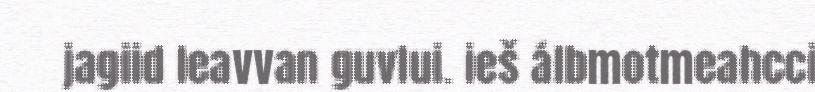
jagiid leavvan guvlui. ieš álbmotmeahcci